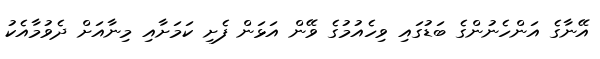
އޭނާގެ އަންހެނުންގެ ބަޑުގައި ވިހެއުމުގެ ވޭން އަޅަން ފެށި ކަމަށާއި މިނާއަށް ދެވުމާއެކު